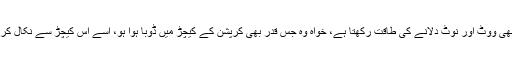
مذید بر آں ، اب بی جے پی یہ بھی کر رہی ہے کہ جن ریاستوں میں جو کوئی بھی ووٹ اور نوٹ دلانے کی طاقت رکھتا ہے، خواہ وہ جس قدر بھی کرپشن کے کیچڑ میں ڈوبا ہوا ہو، اسے اس کیچڑ سے نکال کر اس کے ہاتھوں میں کمل کا پھول تھما کر ’ بھرشٹاچار مکت ‘ کر دیا جاتا ہے۔